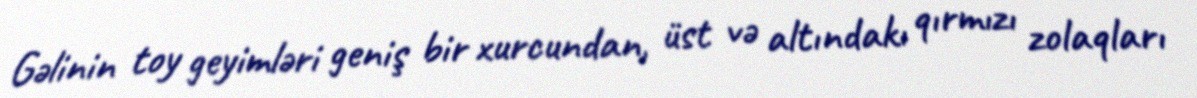
Gəlinin toy geyimləri geniş bir xurcundan, üst və altındakı qırmızı zolaqları